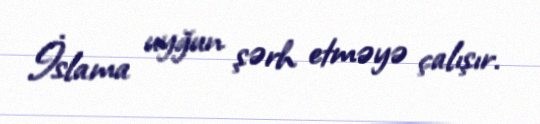
İslama uyğun şərh etməyə çalışır.